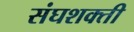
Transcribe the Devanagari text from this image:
संघशक्ती